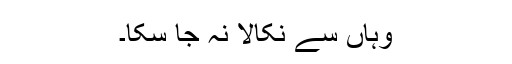
وہاں سے نکالا نہ جا سکا۔